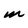
Character: M